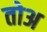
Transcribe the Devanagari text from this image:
तोअ